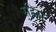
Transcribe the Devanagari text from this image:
र्‍हिस